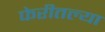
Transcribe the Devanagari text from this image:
फेरीतल्या